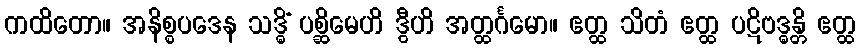
ကထိတော။ အနိစ္စပဒေန သဒ္ဓိံ ပစ္ဆိမေဟိ ဒွီဟိ အတ္ထင်္ဂမော။ ဧတ္ထ သိတံ ဧတ္ထ ပဋိဗဒ္ဓန္တိ ဧတ္ထ